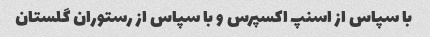
با سپاس از اسنپ اکسپرس و با سپاس از رستوران گلستان